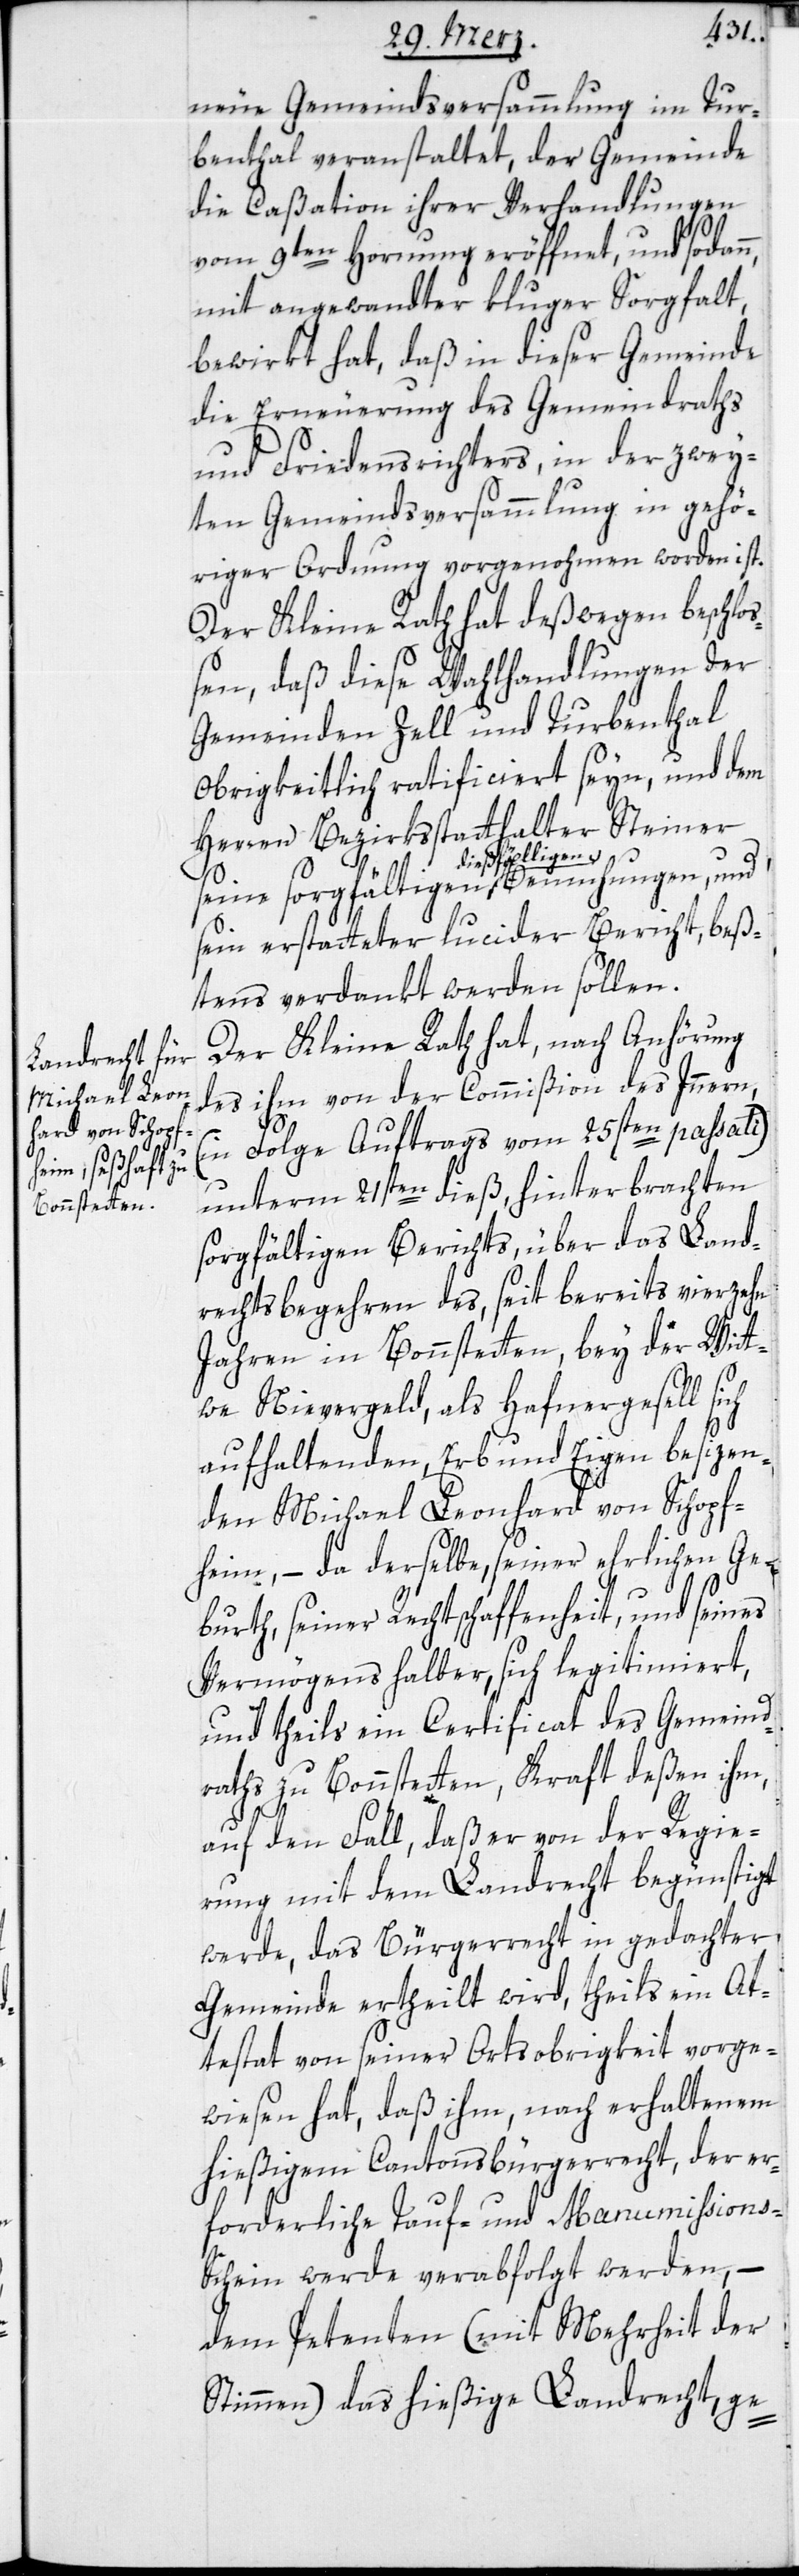
neue Gemeindsversammlung im Tur¬
benthal veranstaltet, der Gemeinde
die Caßation ihrer Verhandlungen
vom 9ten Hornung eröffnet, und sodann,
mit angewandter kluger Sorgfalt,
bewirkt hat, daß in dieser Gemeinde
die Erneuerung des Gemeindraths
und Friedenrichters, in der zwey¬
ten Gemeindsversammlung in gehö¬
riger Ordnung vorgenohmen worden ist.
Der Kleine Rath hat deßwegen beschlo¬
ßen, daß diese Wahlhandlungen der
Gemeinden Zell und Turbenthal
Obrigkeitlich ratificiert seyn, und dem
Herren Bezirksstatthalter Steiner
seine sorgfältigen dießfälligen Bemühungen, und
sein erstatteter lucider Bericht, beß¬
tens verdankt werden sollen.
Der Kleine Rath hat, nach Anhörung
des ihm von der Commißion des Inneren
(in Folge Auftrags vom 25sten passati)
unterm 21sten dieß hinterbrachten
sorgfältigen Berichts, über das Land¬
rechtsbegehren des, seit bereits vierzehn
Jahren in Bonstetten, bey der Witt¬
we Nievergelt, als Hafnergesell sich
aufhaltenden, Erb und Eigen besizen¬
den Michael Leonhard von Schopf¬
heim, – da derselbe, seiner ehrlichen Ge¬
burth, seiner Rechtschaffenheit und seines
Vermögens halber, sich legitimiert,
und theils ein Certificat des Gemeind¬
raths zu Bonstetten, Kraft deßen ihm,
auf den Fall, daß er von der Regie¬
rung mit dem Landrecht begünstigt
werde, das Bürgerrecht in gedachter
Gemeinde ertheilt wird, theils ein At¬
testat von seiner Ortsobrigkeit vorge¬
wiesen hat, daß ihm, nach erhaltenem
hießigem Cantonsbürgerrecht, der er¬
forderliche Tauf- und Manumißions-S¬
chein werde verabfolgt werden, –
dem Petenten (mit Mehrheit der
Stimmen) das hießige Landrecht, ge-